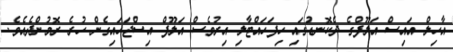
އާހިލް އައިސް އަލޫފްގެ ދެކޮނޑުގައި ހިފަހައްޓާލި އިރުވެސް އަލޫފް އިސްޖަހައިގެން ހުރެ ރޮމުންދެއެވެ.